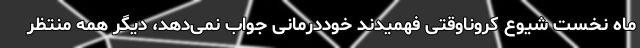
ماه نخست شیوع کروناوقتی فهمیدند خوددرمانی جواب نمی‌دهد، دیگر همه منتظر